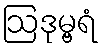
ဩဒုမ္ဗရံ